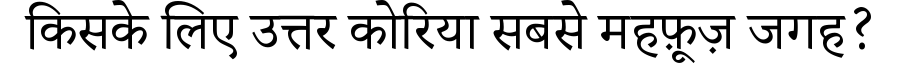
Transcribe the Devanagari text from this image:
किसके लिए उत्तर कोरिया सबसे महफ़ूज़ जगह?